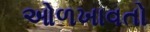
ઓળખાવતો